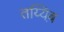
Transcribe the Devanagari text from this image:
तय्यिब़